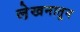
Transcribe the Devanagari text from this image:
ले़खनातून